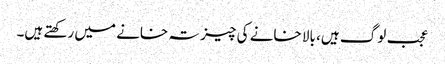
عجب لوگ ہیں، بالا خانے کی چیز تہ خانے میں رکھتے ہیں۔